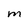
Character: M